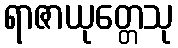
ရာဇာယုတ္တေသု